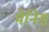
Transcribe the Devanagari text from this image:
मेनिस